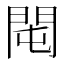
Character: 𨳘